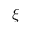
\xi